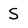
Character: S